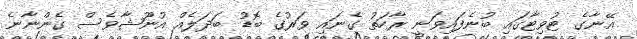
އޭނާގެ ޓުވިޓާގައި ބުނެފައިވަނީ ރާހަތު ގެނައި ވަރުގެ ބޮޑު ބަދަލެއް އުނޫޝާވެސް ގެންނާނެ